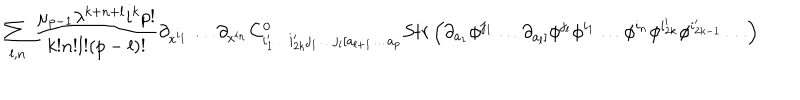
\sum _ { l , n } \frac { \mu _ { p - 1 } \lambda ^ { k + n + l } i ^ { k } p ! } { k ! n ! l ! ( p - l ) ! } \partial _ { x ^ { i _ { 1 } } } \ldots \partial _ { x ^ { i _ { n } } } C _ { i _ { 1 } ^ { \prime } \ldots i _ { 2 k } ^ { \prime } j _ { 1 } \ldots j _ { l } [ a _ { l + 1 } \ldots a _ { p } } ^ { 0 } S t r \left( \partial _ { a _ { 1 } } \phi ^ { j _ { 1 } } \ldots \partial _ { a _ { l } ] } \phi ^ { j _ { l } } \phi ^ { i _ { 1 } } \ldots \phi ^ { i _ { n } } \phi ^ { i _ { 2 k } ^ { \prime } } \phi ^ { i _ { 2 k - 1 } ^ { \prime } } \ldots \right)